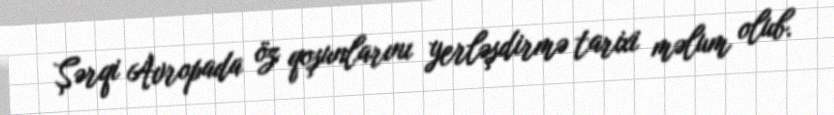
Şərqi Avropada öz qoşunlarını yerləşdirmə tarixi məlum olub.